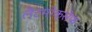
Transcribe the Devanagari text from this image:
लैटमोक्सेफ